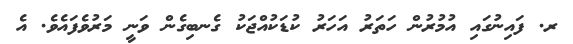
ރ. ފައިނުގައި އުމުރުން ހަތަރު އަހަރު ކުޑަކުއްޖަކު ގެނބިގެން ވަނީ މަރުވެފައެވެ. އެ